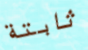
ثابتة